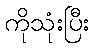
ကိုသုံးပြီး